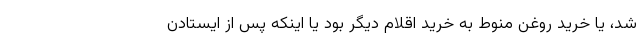
شد، یا خرید روغن منوط به خرید اقلام دیگر بود یا اینکه پس از ایستادن